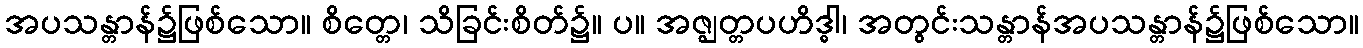
အပသန္တာန်၌ဖြစ်သော။ စိတ္တေ၊ သိခြင်းစိတ်၌။ ပ။ အဇ္ဈတ္တပဟိဒ္ဓါ၊ အတွင်းသန္တာန်အပသန္တာန်၌ဖြစ်သော။